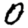
Digit: 0